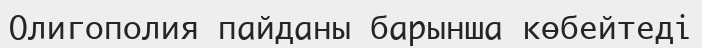
Олигополия пайданы барынша көбейтеді